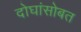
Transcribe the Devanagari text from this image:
दोघांसोबत